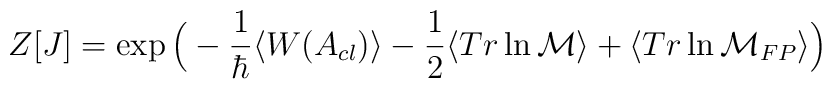
Z[J]=\exp\Big(-\frac{1}{\hbar}\langle W(A_{cl})\rangle-\frac{1}{2}\langle Tr\ln{\cal M}\rangle+\langle Tr\ln {\cal M}_{FP}\rangle\Big)